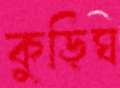
কুড়িঘ